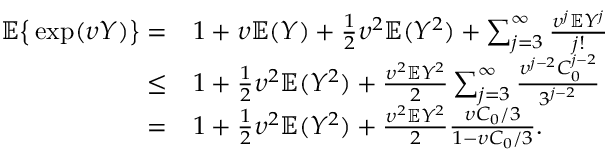
\begin{array} { r l } { \mathbb { E } \big \{ \exp ( \upsilon Y ) \big \} = } & { 1 + \upsilon \mathbb { E } ( Y ) + \frac { 1 } { 2 } \upsilon ^ { 2 } \mathbb { E } ( Y ^ { 2 } ) + \sum _ { j = 3 } ^ { \infty } \frac { \upsilon ^ { j } \mathbb { E } Y ^ { j } } { j ! } } \\ { \le } & { 1 + \frac { 1 } { 2 } \upsilon ^ { 2 } \mathbb { E } ( Y ^ { 2 } ) + \frac { \upsilon ^ { 2 } \mathbb { E } Y ^ { 2 } } { 2 } \sum _ { j = 3 } ^ { \infty } \frac { \upsilon ^ { j - 2 } C _ { 0 } ^ { j - 2 } } { 3 ^ { j - 2 } } } \\ { = } & { 1 + \frac { 1 } { 2 } \upsilon ^ { 2 } \mathbb { E } ( Y ^ { 2 } ) + \frac { \upsilon ^ { 2 } \mathbb { E } Y ^ { 2 } } { 2 } \frac { \upsilon C _ { 0 } / 3 } { 1 - \upsilon C _ { 0 } / 3 } . } \end{array}